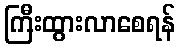
ကြီးထွားလာစေရန်